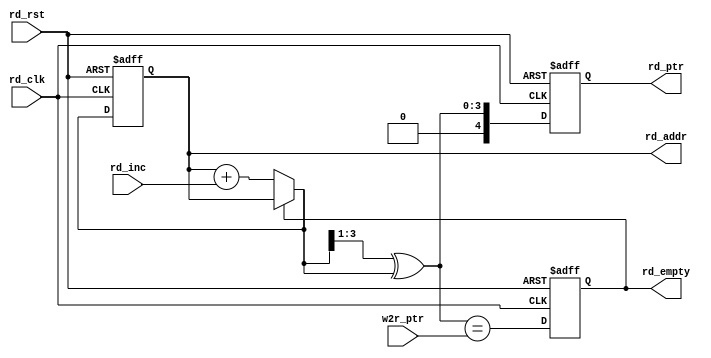
module rptr_empty#(
    parameter DSIZE = 8,
    parameter ASIZE = 4
)(
    output  reg            rd_empty,
    output     [ASIZE-1:0] rd_addr,
    output reg [ASIZE:0] rd_ptr,
    input        [ASIZE:0] w2r_ptr,
    input        rd_inc,
    input        rd_clk,
    input        rd_rst
);
//
//for judgement of wire/reg

reg [ASIZE-1:0] rbin,rgnext,rbnext;

// pointer use grey code 
always@(posedge rd_clk or posedge rd_rst) begin
    if(rd_rst) begin
        rd_ptr <= 0;
        rbin <= 0;
    end
    else begin
        rd_ptr <= rgnext;
        rbin <= rbnext;
    end
end

//grey counter and bin code transfer to grey code 
always@(*)begin
    rbnext = (!rd_empty)?(rbin + rd_inc) : rbin;
    rgnext = (rbnext>>1)^rbnext;
end

//memory address pointer 
assign rd_addr = rbin[ASIZE-1:0];

//FIFO empty on reset or when the next rptr == synchronized wptr
always@(posedge rd_clk or posedge rd_rst) begin
    if(rd_rst) begin
        rd_empty <= 1;
    end
    else 
        rd_empty <= (rgnext == w2r_ptr);
end

endmodule